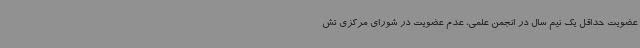
عضویت حداقل یک نیم سال در انجمن علمی، عدم عضویت در شورای مرکزی تش